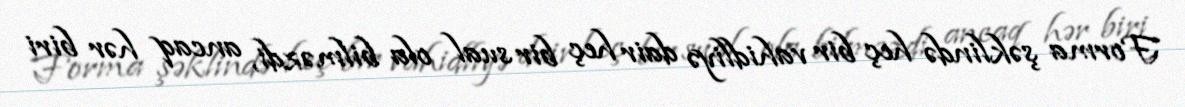
Forma şəklində heç bir vahidliyə dair heç bir sual ola bilməzdi, ancaq hər biri